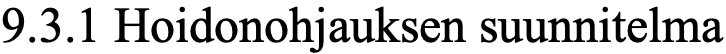
9.3.1 Hoidonohjauksen suunnitelma